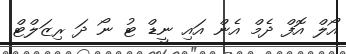
އޯލް އޮފް ދެމް އެން އައި ނީޑް ޓު ނޯ ދަ ރިޒަލްޓް